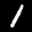
Label: 1